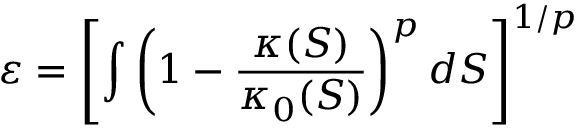
\varepsilon = \left[ \int \left( 1 - \frac { \kappa ( S ) } { \kappa _ { 0 } ( S ) } \right) ^ { p } d S \right] ^ { 1 / p }